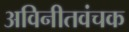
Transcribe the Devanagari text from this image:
अविनीतवंचक